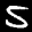
Label: 5